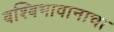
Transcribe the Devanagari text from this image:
बश्बिभावानाचा